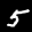
Label: 5